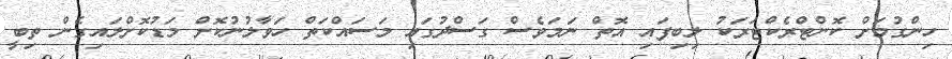
ހިންގުމަށް ކޮންޓްރެކްޓަރަކު ލިބިފައި އޮތް ނަމަވެސް ގަސްދުގައި މަސައްކަތް ހަވާލުނުކޮށް މަޑުކޮށްލައިގެން ތިބީ